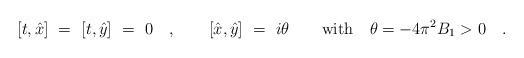
\begin{align*}[t,\hat{x}]\ =\ [t,\hat{y}]\ =\ 0\quad, \qquad [\hat{x},\hat{y}]\ =\ i\theta \qquad\textrm{with}\quad \theta = -4\pi^2 B_1 > 0 \quad .\end{align*}